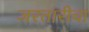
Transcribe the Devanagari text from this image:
जरतारीचा